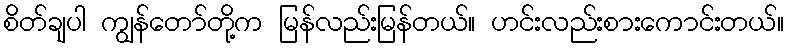
စိတ်ချပါ ကျွန်တော်တို့က မြန်လည်းမြန်တယ်။ ဟင်းလည်းစားကောင်းတယ်။